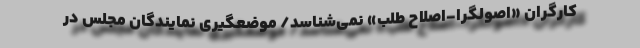
کارگران «اصولگرا-اصلاح طلب» نمی‌شناسد/ موضعگیری نمایندگان مجلس در